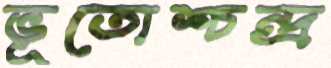
ভূতোশ্চন্দ্র